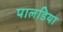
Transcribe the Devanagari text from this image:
पालडिया